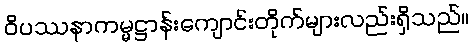
ဝိပဿနာကမ္မဋ္ဌာန်းကျောင်းတိုက်များလည်းရှိသည်။